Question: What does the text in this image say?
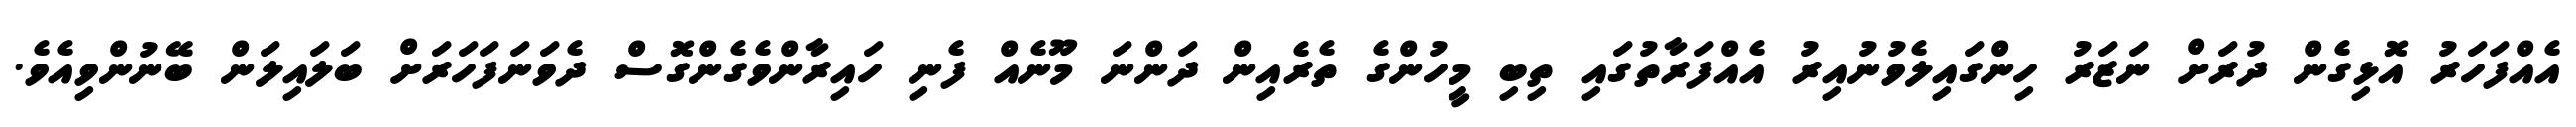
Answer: އެއްފަހަރު އޮޅިގެން ދުރަށް ނަޒަރު ހިންގައިލެވުނުއިރު އެއްފަރާތުގައި ތިބި މީހުންގެ ތެރެއިން ދަންނަ މޫނެއް ފެނި ހައިރާންވެގެންގޮސް ދެވަނަފަހަރަށް ބަލައިލަން ބޭނުންވިއެވެ.